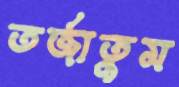
তর্জাতুম